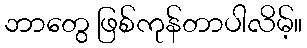
ဘာတွေ ဖြစ်ကုန်တာပါလိမ့်။